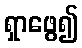
ရှာဖွေ၍